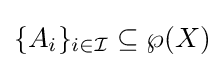
\{A_{i}\}_{i\in {\mathcal {I}}}\subseteq \wp (X)